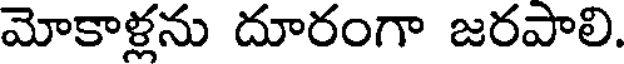
మోకాళ్లను దూరంగా జరపాలి.